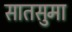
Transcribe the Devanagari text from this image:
सातसुमा